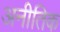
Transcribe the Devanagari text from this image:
अनीतिक